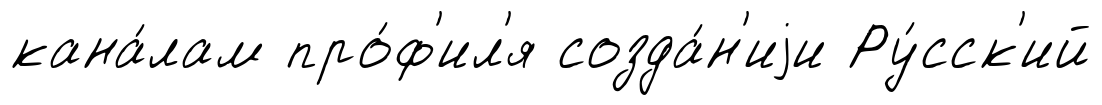
кана́лам про́ф'ил'я созда́н'иjи Ру́сск'ий